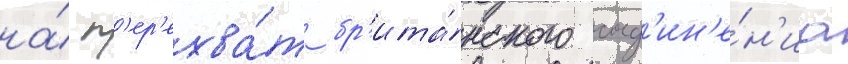
на́ п'ер'ехва́т бр'ита́нского соед'ин'е́н'иа